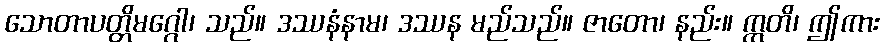
သောတာပတ္တိမဂ္ဂေါ၊ သည်။ ဒဿနံနာမ၊ ဒဿန မည်သည်။ ဇာတော၊ နည်း။ ဣတိ၊ ဤကား